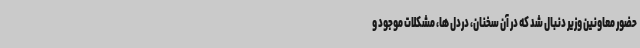
حضور معاونین وزیر دنبال شد که در آن سخنان، دردل ها، مشکلات موجود و